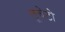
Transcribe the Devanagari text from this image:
लूचेटो